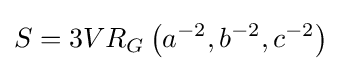
S=3VR_{G}\left(a^{-2},b^{-2},c^{-2}\right)